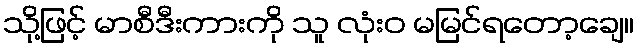
သို့ဖြင့် မာစီဒီးကားကို သူ လုံးဝ မမြင်ရတော့ချေ။